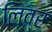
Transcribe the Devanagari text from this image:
लिव्र